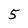
Character: 5